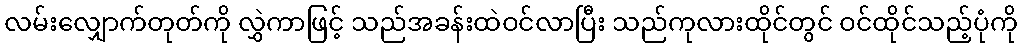
လမ်းလျှောက်တုတ်ကို လွှဲကာဖြင့် သည်အခန်းထဲဝင်လာပြီး သည်ကုလားထိုင်တွင် ဝင်ထိုင်သည့်ပုံကို